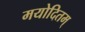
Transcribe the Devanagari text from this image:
मयोदितम्